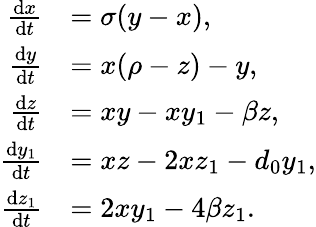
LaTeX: {\begin{array}{rl}{{\frac{\mathrm{d}x}{\mathrm{d}t}}}&{=\sigma(y-x),}\\ {{\frac{\mathrm{d}y}{\mathrm{d}t}}}&{=x(\rho-z)-y,}\\ {{\frac{\mathrm{d}z}{\mathrm{d}t}}}&{=xy-xy_{1}-\beta z,}\\ {{\frac{\mathrm{d}y_{1}}{\mathrm{d}t}}}&{=xz-2xz_{1}-d_{0}y_{1},}\\ {{\frac{\mathrm{d}z_{1}}{\mathrm{d}t}}}&{=2xy_{1}-4\beta z_{1}.}\end{array}}